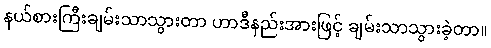
နယ်စားကြီးချမ်းသာသွားတာ ဟာဒီနည်းအားဖြင့် ချမ်းသာသွားခဲ့တာ။